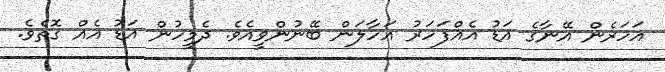
އަހަރެން އޭނާގެ އަޑު އެއްފަހަރު އަހާލަން ބޭނުންވީއެވެ. ދެމީހުން އަޑު އެއް ގޮތެވެ.